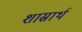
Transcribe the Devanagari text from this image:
शास्रार्थ